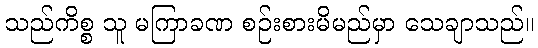
သည်ကိစ္စ သူ မကြာခဏ စဉ်းစားမိမည်မှာ သေချာသည်။